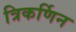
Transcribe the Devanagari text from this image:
त्रिकर्णिन